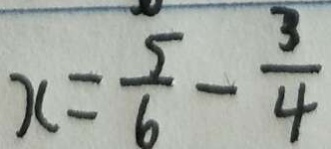
x = \frac { 5 } { 6 } - \frac { 3 } { 4 }